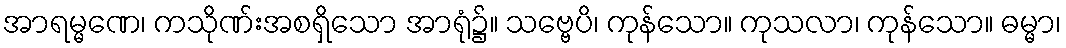
အာရမ္မဏေ၊ ကသိုဏ်းအစရှိသော အာရုံ၌။ သဗ္ဗေပိ၊ ကုန်သော။ ကုသလာ၊ ကုန်သော။ ဓမ္မာ၊